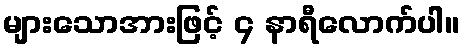
များသောအားဖြင့် ၄ နာရီလောက်ပါ။